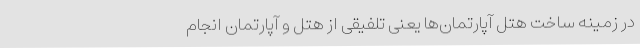
در زمینه ساخت هتل آپارتمان‌ها یعنی تلفیقی از هتل و آپارتمان انجام